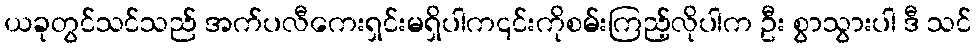
ယခုတွင်သင်သည် အက်ပလီကေးရှင်းမရှိပါက၎င်းကိုစမ်းကြည့်လိုပါက ဦး စွာသွားပါ ဒီ သင်